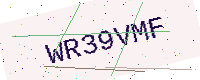
Text: WR39VMF